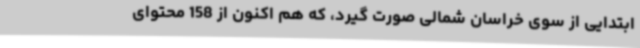
ابتدایی از سوی خراسان شمالی صورت گیرد، که هم اکنون از 158 محتوای